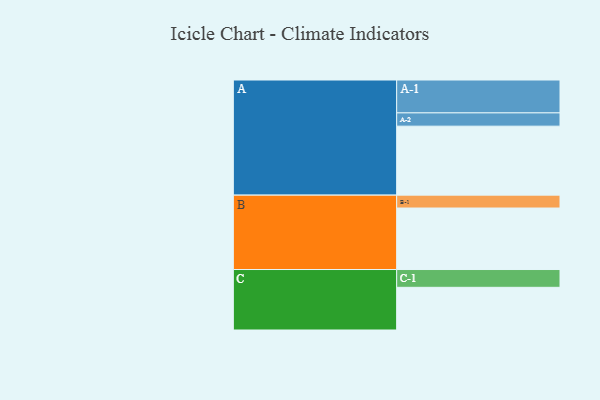
{"axis": {"x": "Segment", "y": "Value"}, "legend": ["", "A", "B", "C"], "data": [{"x": "A", "y": 535, "type": ""}, {"x": "B", "y": 477, "type": ""}, {"x": "C", "y": 331, "type": ""}, {"x": "A-1", "y": 255, "type": "A"}, {"x": "A-2", "y": 103, "type": "A"}, {"x": "B-1", "y": 100, "type": "B"}, {"x": "C-1", "y": 138, "type": "C"}]}